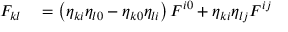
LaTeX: \begin{array} { r l } { F _ { k l } } & { { } = \left( \eta _ { k i } \eta _ { l 0 } - \eta _ { k 0 } \eta _ { l i } \right) F ^ { i 0 } + \eta _ { k i } \eta _ { l j } F ^ { i j } } \end{array}